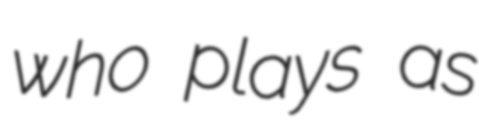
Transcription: who plays as